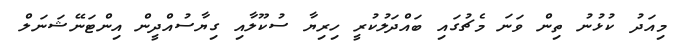
މިއަދު ކުޅުނު ތިން ވަނަ މެޗުގައި ބައްދަލުކުރީ ހިރިޔާ ސުކޫލާއި ގިޔާސުއްދީން އިންޓަނޭޝަނަލް